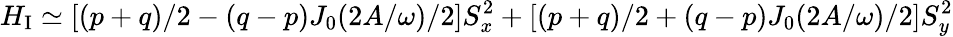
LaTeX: H_{\mathrm{I}}\simeq[(p+q)/2-(q-p)J_{0}(2A/\omega)/2]S_{x}^{2}+[(p+q)/2+(q-p)J_{0}(2A/\omega)/2]S_{y}^{2}